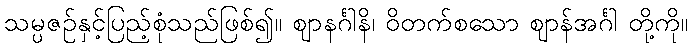
သမ္ပဇဉ်နှင့်ပြည့်စုံသည်ဖြစ်၍။ ဈာနင်္ဂါနိ၊ ဝိတက်စသော ဈာန်အင်္ဂါ တို့ကို။